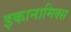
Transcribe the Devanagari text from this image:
इकानामिक्स